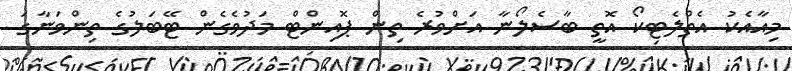
މިއާއެކު އެތްލެޓިކޯ އޮތީ ބާސެލޯނާ އަށްވުރެ ތިން ޕޮއިންޓް މަދުވެގެން ޓޭބަލުގެ ތިންވަނާގަ